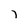
Character: l